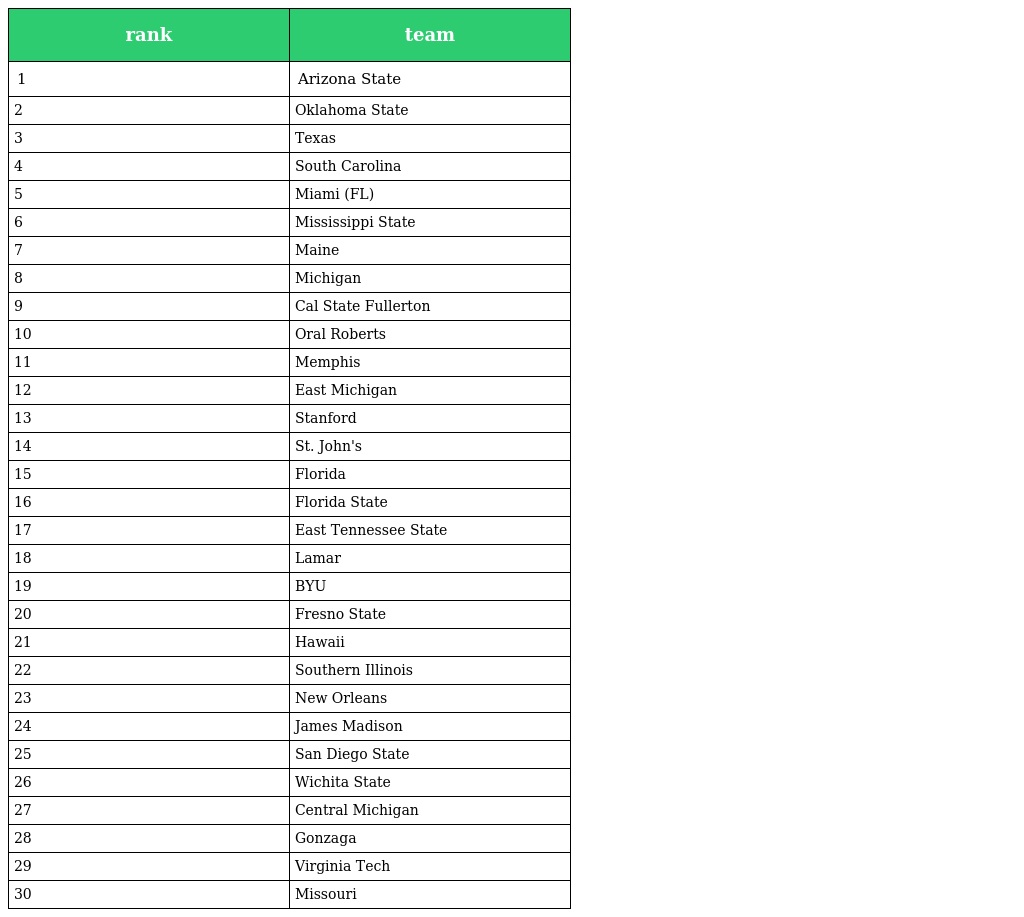
| rank | team |
 | --- | --- |
 | 1 | Arizona State |
 | 2 | Oklahoma State |
 | 3 | Texas |
 | 4 | South Carolina |
 | 5 | Miami (FL) |
 | 6 | Mississippi State |
 | 7 | Maine |
 | 8 | Michigan |
 | 9 | Cal State Fullerton |
 | 10 | Oral Roberts |
 | 11 | Memphis |
 | 12 | East Michigan |
 | 13 | Stanford |
 | 14 | St. John's |
 | 15 | Florida |
 | 16 | Florida State |
 | 17 | East Tennessee State |
 | 18 | Lamar |
 | 19 | BYU |
 | 20 | Fresno State |
 | 21 | Hawaii |
 | 22 | Southern Illinois |
 | 23 | New Orleans |
 | 24 | James Madison |
 | 25 | San Diego State |
 | 26 | Wichita State |
 | 27 | Central Michigan |
 | 28 | Gonzaga |
 | 29 | Virginia Tech |
 | 30 | Missouri |